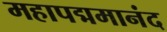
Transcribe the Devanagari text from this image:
महापद्ममानंद